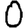
Digit: 0